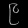
Digit: ၉